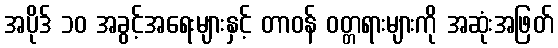
အပိုဒ် ၁၀ အခွင့်အရေးများနှင့် တာဝန် ဝတ္တရားများကို အဆုံးအဖြတ်